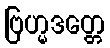
ဗြဟ္မဒတ္တေ